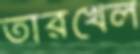
তারখেল